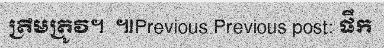
ត្រឹមត្រូវ។  ៕Previous Previous post: ផឹក